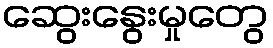
ဆွေးနွေးမှုတွေ